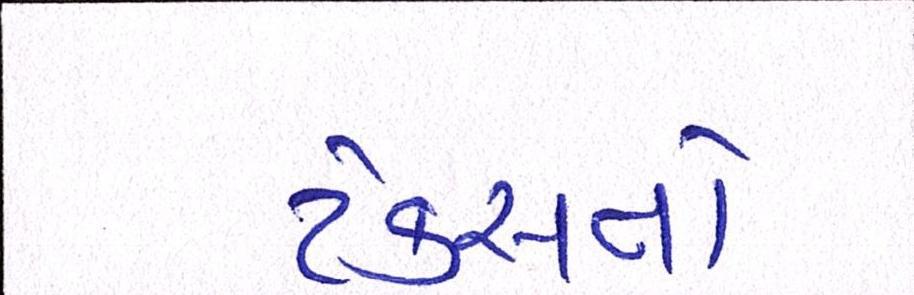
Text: ટેક્સનો